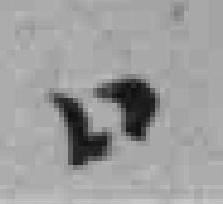
*